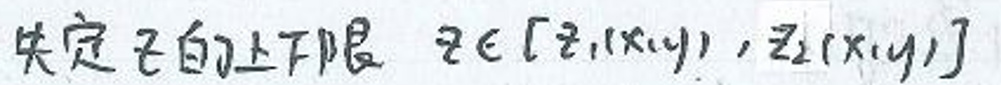
决定子$z$的上下限\( \ z\in [z_1(x,y),z_2(x,y)] \)